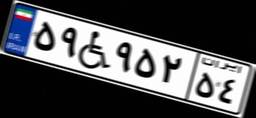
۵۹W۹۵۲۵۴